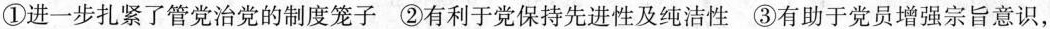
①进一步扎紧了管党治党的制度笼子②有利于党保持先进性及纯洁性③有助于党员增强宗旨意识，